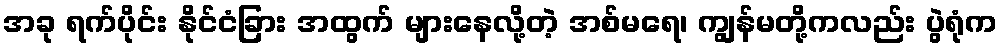
အခု ရက်ပိုင်း နိုင်ငံခြား အထွက် များနေလို့တဲ့ အစ်မရေ၊ ကျွန်မတို့ကလည်း ပွဲရုံက